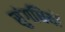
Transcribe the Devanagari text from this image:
सुंगधियों